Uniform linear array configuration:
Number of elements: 12
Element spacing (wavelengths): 0.5
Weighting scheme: cosine
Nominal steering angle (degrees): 45
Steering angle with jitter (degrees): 46.234
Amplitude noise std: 0.05
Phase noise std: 0.05

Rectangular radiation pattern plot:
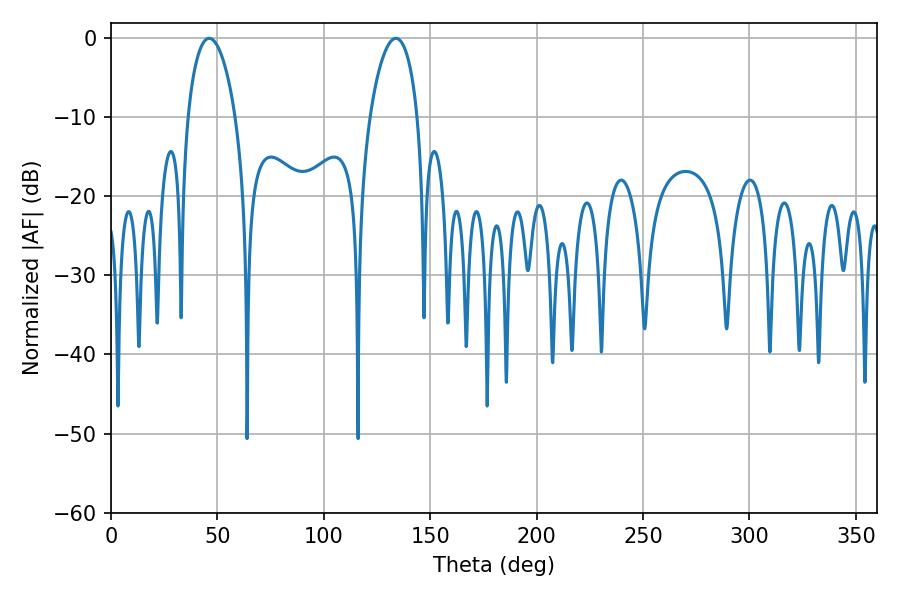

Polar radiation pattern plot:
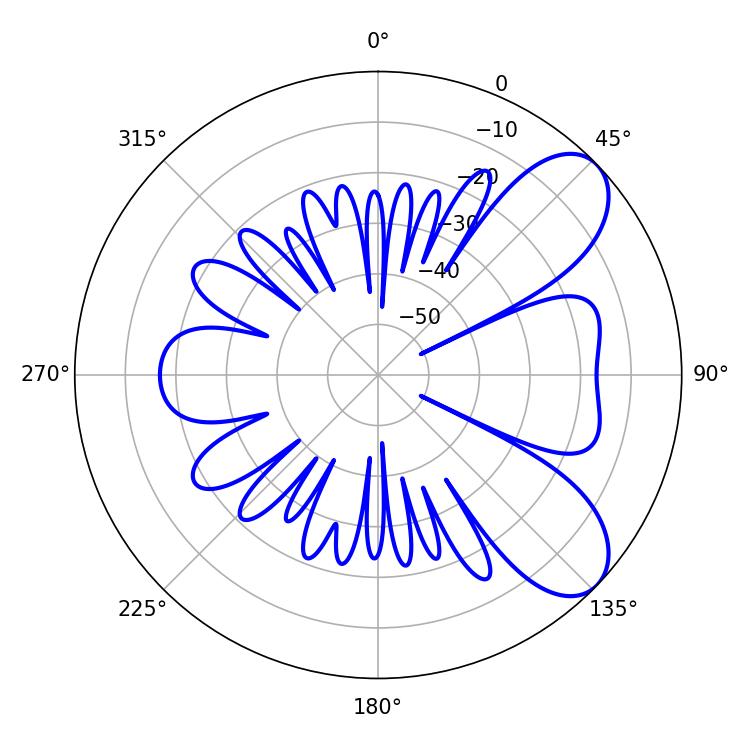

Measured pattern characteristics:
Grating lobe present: FALSE
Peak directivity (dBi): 7.624
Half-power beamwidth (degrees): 12.78
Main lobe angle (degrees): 46.08